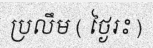
ប្រលឹម ( ថ្ងៃរះ )